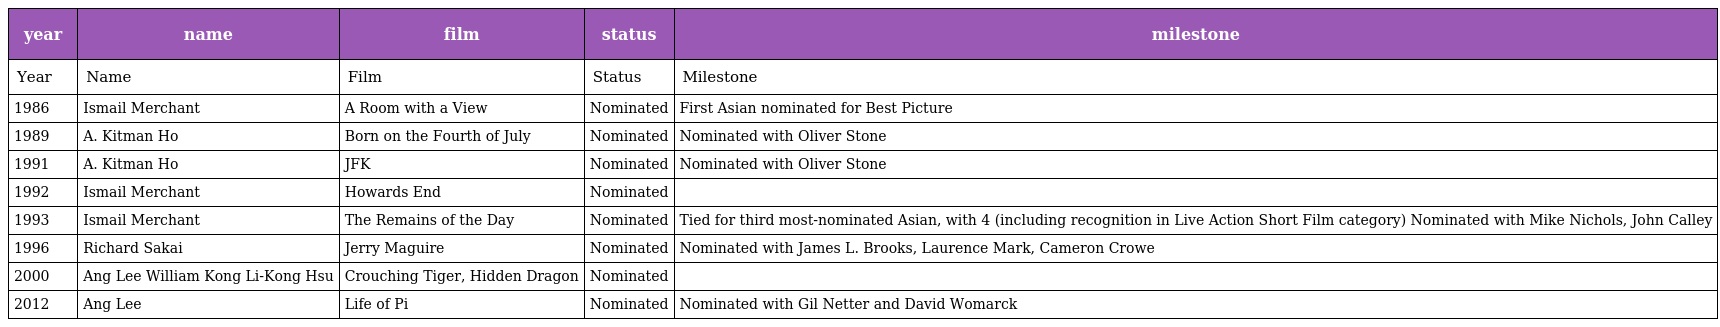
| year | name | film | status | milestone |
 | --- | --- | --- | --- | --- |
 | Year | Name | Film | Status | Milestone |
 | 1986 | Ismail Merchant | A Room with a View | Nominated | First Asian nominated for Best Picture |
 | 1989 | A. Kitman Ho | Born on the Fourth of July | Nominated | Nominated with Oliver Stone |
 | 1991 | A. Kitman Ho | JFK | Nominated | Nominated with Oliver Stone |
 | 1992 | Ismail Merchant | Howards End | Nominated |  |
 | 1993 | Ismail Merchant | The Remains of the Day | Nominated | Tied for third most-nominated Asian, with 4 (including recognition in Live Action Short Film category) Nominated with Mike Nichols, John Calley |
 | 1996 | Richard Sakai | Jerry Maguire | Nominated | Nominated with James L. Brooks, Laurence Mark, Cameron Crowe |
 | 2000 | Ang Lee William Kong Li-Kong Hsu | Crouching Tiger, Hidden Dragon | Nominated |  |
 | 2012 | Ang Lee | Life of Pi | Nominated | Nominated with Gil Netter and David Womarck |